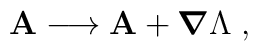
{\bf A} \longrightarrow {\bf A} + \mbox{\boldmath $\nabla$}\Lambda\; ,